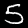
Label: 5